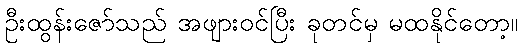
ဦးထွန်းဇော်သည် အဖျားဝင်ပြီး ခုတင်မှ မထနိုင်တော့။